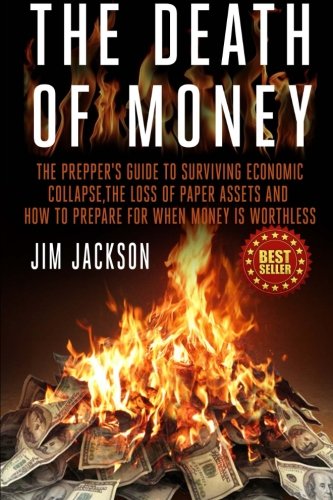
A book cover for The Death Of Money: The Prepper's Guide To Surviving Economic Collapse, The Loss Of Paper Assets And How To Prepare When Money Is Worthless; Jim Jackson; Politics & Social Sciences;